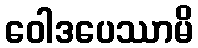
ဝေါဒပေဿာမိ